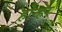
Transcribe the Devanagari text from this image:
होन्हर